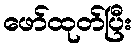
ဖော်ထုတ်ပြီး